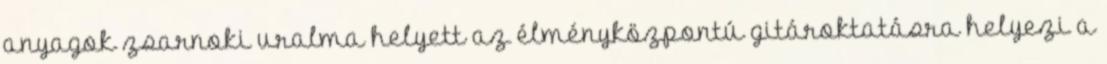
anyagok zsarnoki uralma helyett az élményközpontú gitároktatásra helyezi a